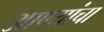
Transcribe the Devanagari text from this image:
आण्यांचा